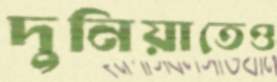
দুনিয়াতেও